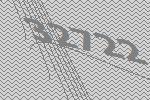
32722